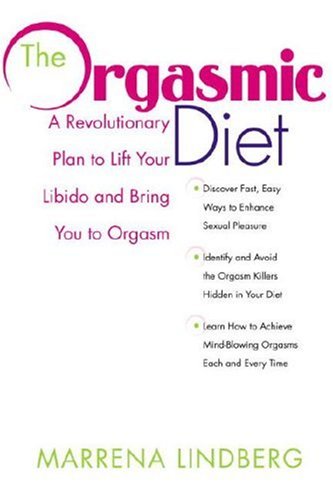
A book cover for The Orgasmic Diet: A Revolutionary Plan to Lift Your Libido and Bring You to Orgasm; Marrena Lindberg; Health, Fitness & Dieting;